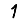
Digit: 1